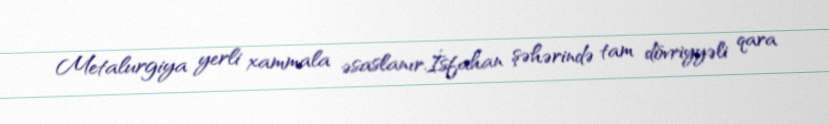
Metalurgiya yerli xammala əsaslanır.İsfahan şəhərində tam dövriyyəli qara